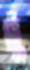
ট্রু